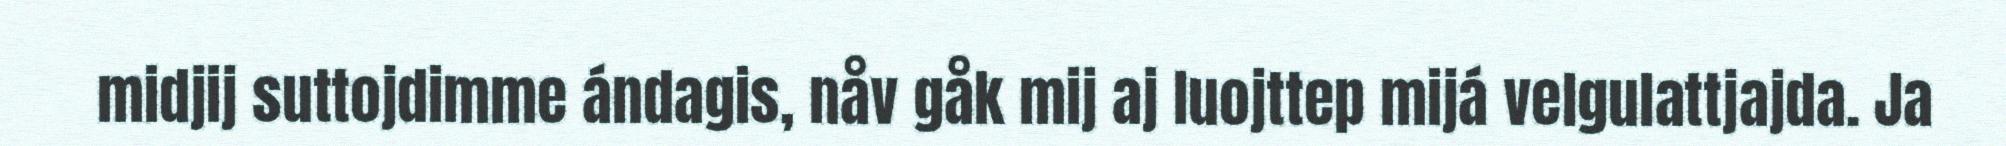
midjij suttojdimme ándagis, nåv gåk mij aj luojttep mijá velgulattjajda. Ja